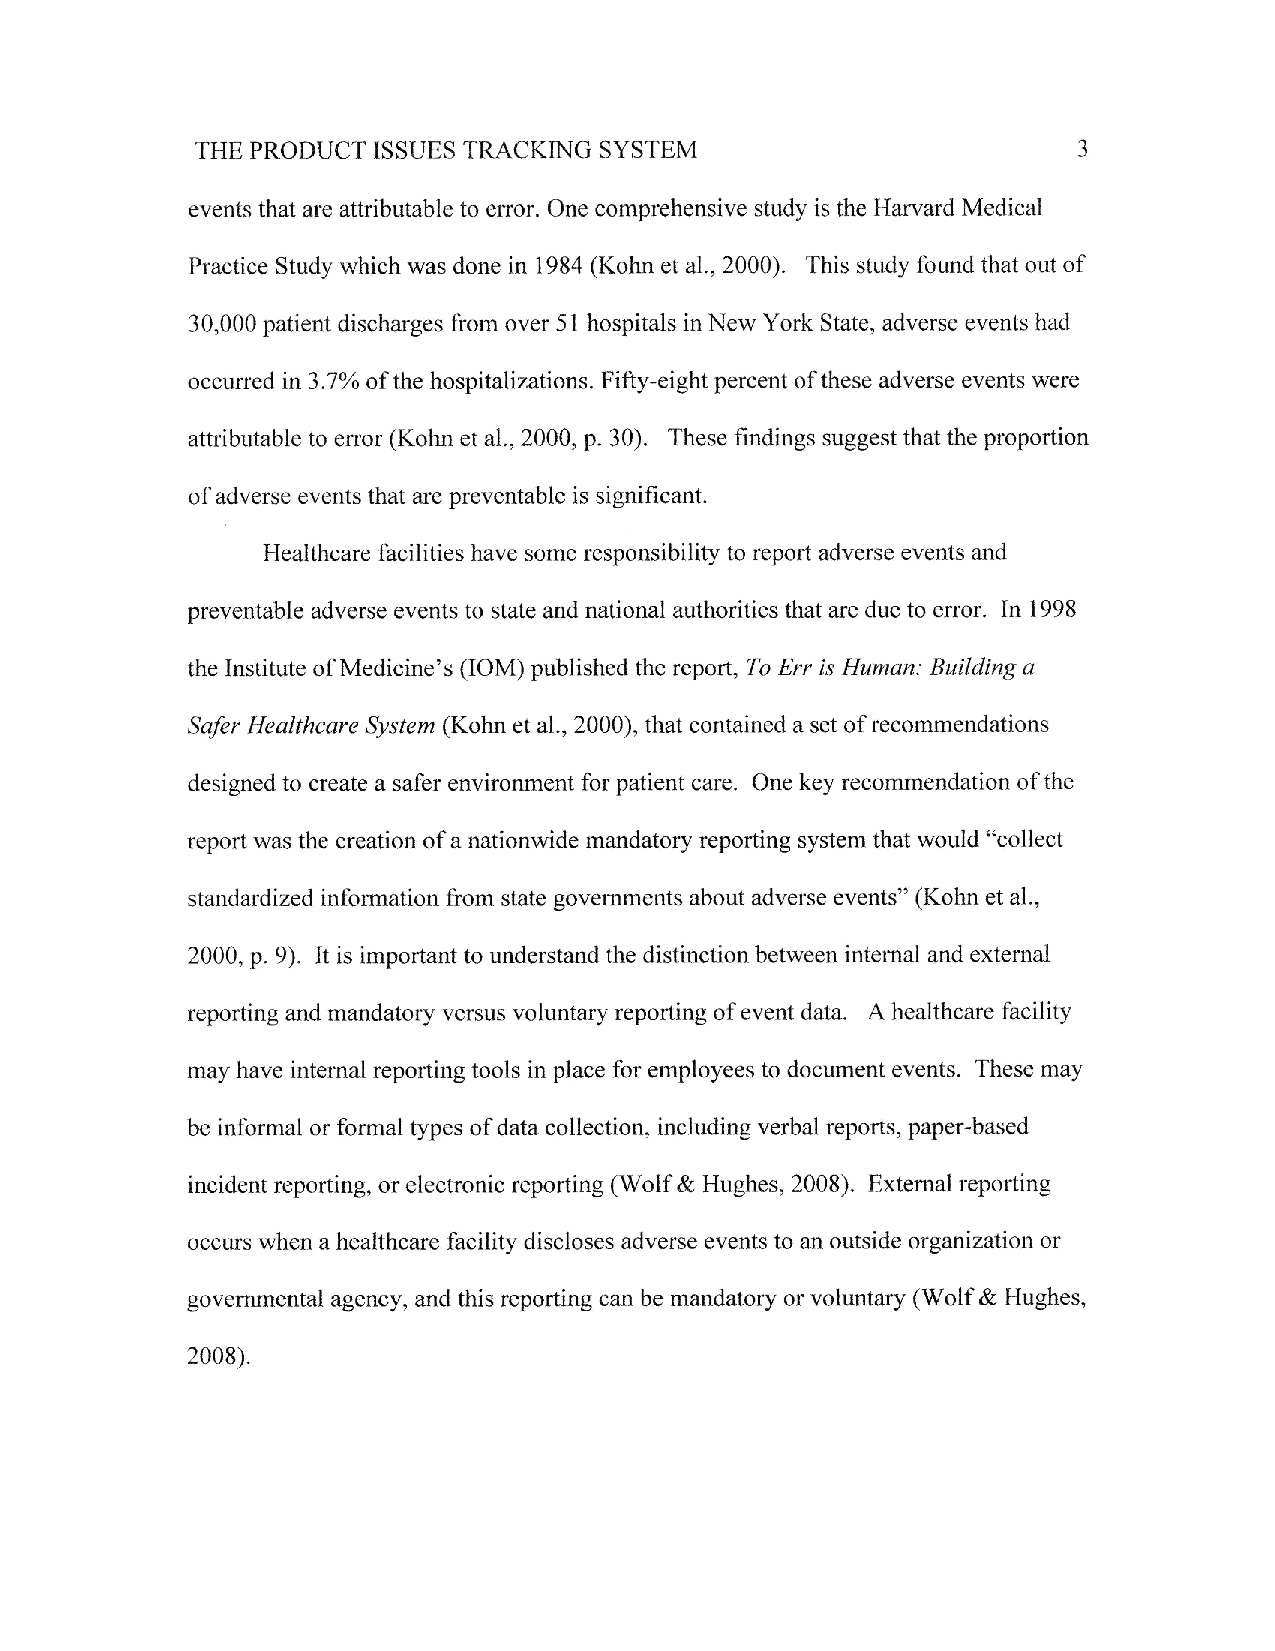
,THE                       SYSTEM
 PRODUCT ISSUES TRACKING                               3
 events that are attributable to error. One comprehensive study is the Harvard Medical
 Practice Study which was done in 1984 (Kohn et a1.,2000). This study fbund that out of
 30,000 patient discharges fiom over 51 hospitals in New York State, adverse events had
 occurred in3.7Ya of the hospitalizations. Fifty-eight percent of these adverse events were
 attributable to error (Kohn et a1., 2000, p. 30). These findings suggest that the ptoportion
 of adverse events that are preventable is significant.
 Healthcare facilities have some responsibility to report adverse events and
 preventable adverse events to state and national authorities that are due to error. In 1998
 the Institute of Medicine's (IOM) published the report, To Eru is Human: Building a
 Safer Healthcare System (Kohn et al., 2000), that contained a set of recommendations
 designed to create a safer environment for patient care. One key recommendation of the
 report was the creation of a nationwide mandatory reporting system that would "collect
 standardized information from state goveffrments about adverse events" (Kohn et al.,
 2000, p. 9). It is important to understand the distinction between internal and external
 reporting and mandatory versus voluntary reporting of event data. A healthcare facility
 may have internal reporting tools in place for employees to document events. These may
 be informal or formal types of data collection, including verbal reports, paperbased
 incident reporting, or electronic reporting (Wolf & Hughes, 2008). External reporting
 occurs when a healthcare facility discloses adverse events to an outside organization or
 governmental agency, and this reporting can be mandatory or voluntary (Wolf & Hughes,
 2008).